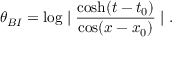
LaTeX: \theta _ { B I } = \log \mid \frac { \cosh ( t - t _ { 0 } ) } { \cos ( x - x _ { 0 } ) } \mid .